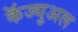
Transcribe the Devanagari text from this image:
कॅज्युअल